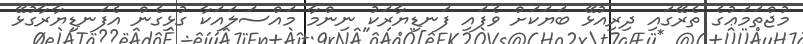
މުޖްތަމަޢުގެ ތެރޭގައި ދިރިއުޅޭ ބަޔަކަށް ވެފައި ފަނޑިޔާރަކު ނިންމާ މައްސަލައަކާ ގުޅިގެން އެފަނޑިޔާރާގުޅޭ